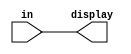
module display_output(in, display);

input [7:0] in;
output [7:0] display;

assign display = in;

endmodule